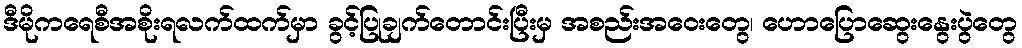
ဒီမိုကရေစီအစိုးရလက်ထက်မှာ ခွင့်ပြုချက်တောင်းပြီးမှ အစည်းအဝေးတွေ၊ ဟောပြောဆွေးနွေးပွဲတွေ